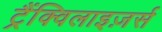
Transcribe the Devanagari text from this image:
ट्रैंक्विलाइज़र्स